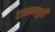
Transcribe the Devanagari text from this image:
दानमाधुरी